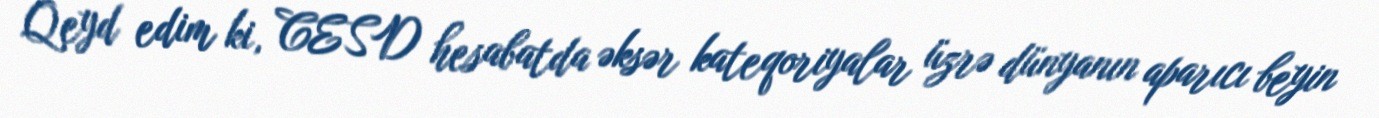
Qeyd edim ki, CESD hesabatda əksər kateqoriyalar üzrə dünyanın aparıcı beyin